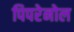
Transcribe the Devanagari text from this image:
पिपरेनोल